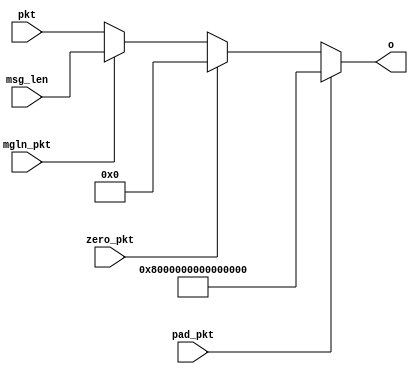
module pktmux #(
  parameter w = 64
  )(
  input pad_pkt,
  input zero_pkt,
  input mgln_pkt,
  input [w-1:0] pkt,
  input [w-1:0] msg_len,
  output reg [w-1:0] o
  );
  
  localparam PAD_PKT = {1'b1, {(w-1){1'b0}}};
  localparam ZERO_PKT = {w{1'b0}};
  
  always @(*)
  begin
    if (pad_pkt)
      o = PAD_PKT;
    else if (zero_pkt)
      o = ZERO_PKT;
    else if (mgln_pkt)
      o = msg_len;
    else
      o = pkt;
  end
endmodule